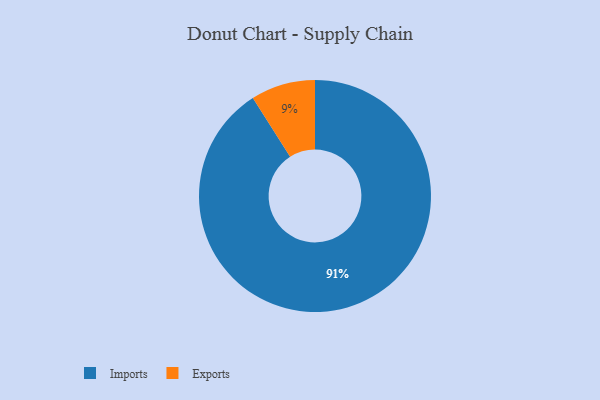
{"axis": {"x": "Category", "y": "Percentage"}, "legend": ["Exports", "Imports"], "data": [{"x": "Imports", "y": 91, "type": "Imports"}, {"x": "Exports", "y": 9, "type": "Exports"}]}